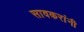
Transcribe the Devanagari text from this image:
सावकरांनी